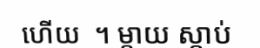
ហើយ  ។ ម្តាយ ស្តាប់